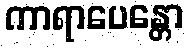
ကာရာပေန္တော